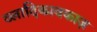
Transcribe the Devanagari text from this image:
व्लादिकावकाज़